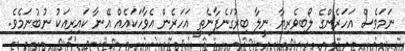
ނަަމަވެސް އަހަރެންގެ ލޯބިވެރިޔާ ނީލާ ބިރުގަނެފާނެތީ އަހަރެން އެވާހަކައެއް އޭނާ ކައިރިއަކު ނުބުނަމެވެ.